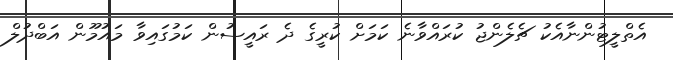
އެތްލީޓުންނާއެކު ޗެލެންޖު ކުރައްވާނެ ކަމަށް ކުރީގެ ދެ ރައީސުން ކަމުގައިވާ މައުމޫން އަބްދުލް